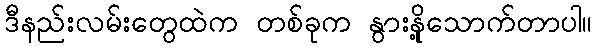
ဒီနည်းလမ်းတွေထဲက တစ်ခုက နွားနို့သောက်တာပါ။